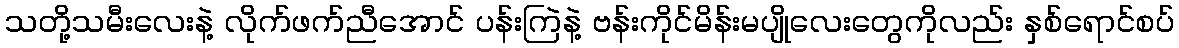
သတို့သမီးလေးနဲ့ လိုက်ဖက်ညီအောင် ပန်းကြဲနဲ့ ဗန်းကိုင်မိန်းမပျိုလေးတွေကိုလည်း နှစ်ရောင်စပ်